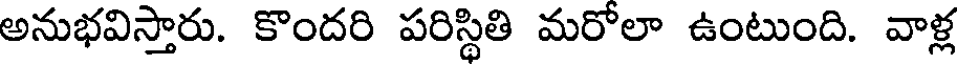
అనుభవిస్తారు. కొందరి పరిస్థితి మరోలా ఉంటుంది. వాళ్ల